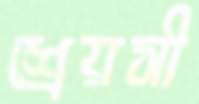
শ্রেয়সী